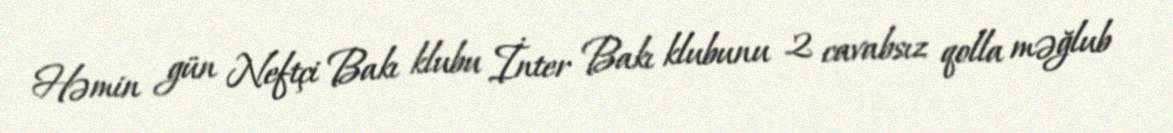
Həmin gün Neftçi Bakı klubu İnter Bakı klubunu 2 cavabsız qolla məğlub